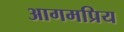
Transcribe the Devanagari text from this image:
आगमप्रिय